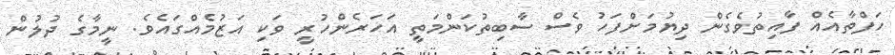
ހަފްތާއެއް ފާއިތުވެގެން ދިޔުމަށްފަހު ވެސް ސާބިތުކަންމަތީ އަހަރެންހުރީ ވަކި އަޒުމެއްގައެވެ. ނީމާގެ ދުލުން